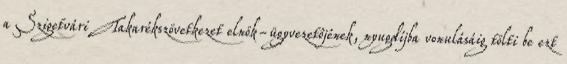
a Szigetvári Takarékszövetkezet elnök-ügyvezetôjének, nyugdíjba vonulásáig tölti be ezt